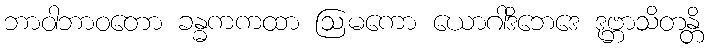
ဘာဝါဘာဝတော ခန္ဓကကထာ ဩမကော ယောဂါဒိဘေဒေ ဒုဗ္ဘာသိတန္တိ